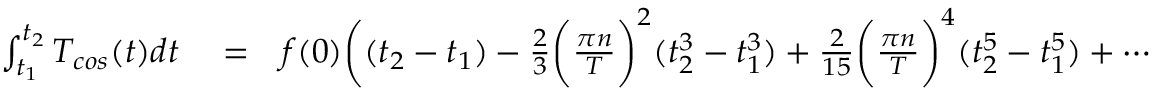
\begin{array} { r l r } { \int _ { t _ { 1 } } ^ { t _ { 2 } } T _ { c o s } ( t ) d t } & { { } = } & { f ( 0 ) \bigg ( ( t _ { 2 } - t _ { 1 } ) - \frac { 2 } { 3 } \bigg ( \frac { \pi n } { T } \bigg ) ^ { 2 } ( t _ { 2 } ^ { 3 } - t _ { 1 } ^ { 3 } ) + \frac { 2 } { 1 5 } \bigg ( \frac { \pi n } { T } \bigg ) ^ { 4 } ( t _ { 2 } ^ { 5 } - t _ { 1 } ^ { 5 } ) + \cdots \bigg ) } \end{array}